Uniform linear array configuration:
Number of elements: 12
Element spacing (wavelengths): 0.75
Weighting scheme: blackman
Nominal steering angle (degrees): -60
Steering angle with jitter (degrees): -58.223
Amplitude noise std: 0.05
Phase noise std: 0.05

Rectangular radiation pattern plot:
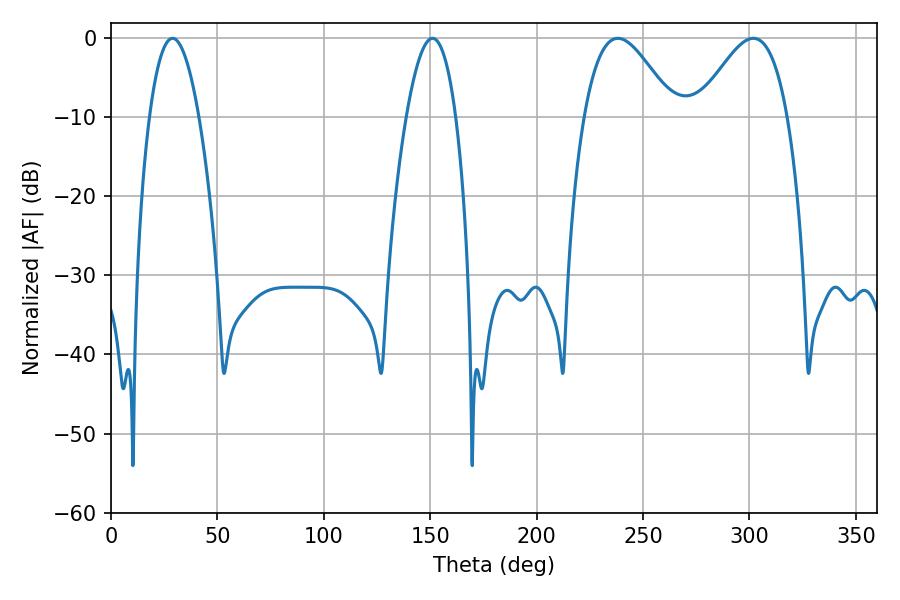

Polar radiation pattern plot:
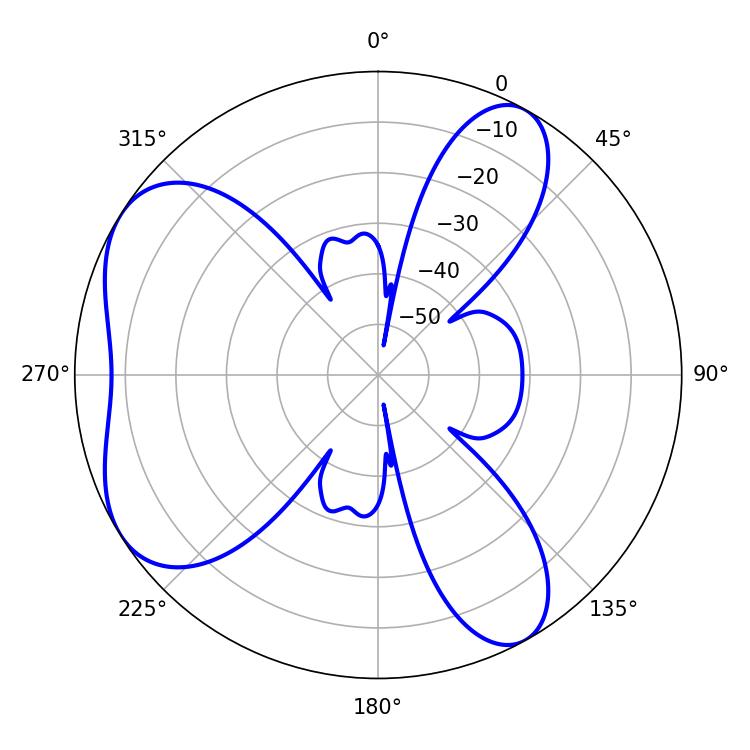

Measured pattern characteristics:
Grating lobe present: TRUE
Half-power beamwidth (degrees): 22.68
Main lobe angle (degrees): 238.14